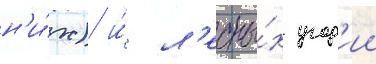
н'и́х) и́ л'есны́х угод'ии